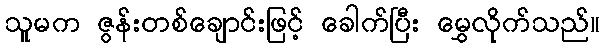
သူမက ဇွန်းတစ်ချောင်းဖြင့် ခေါက်ပြီး မွှေလိုက်သည်။